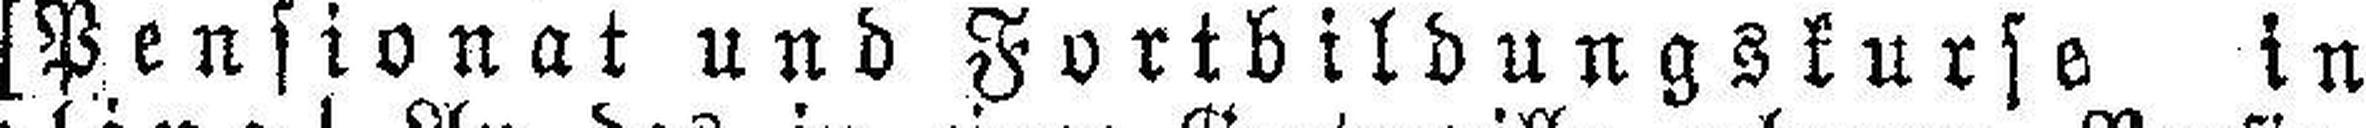
[Pensionat und Fortbildungskurse in